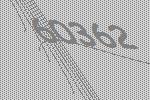
60362